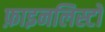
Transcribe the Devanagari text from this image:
फ़ाइनलिस्टों